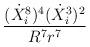
LaTeX: \begin{align*}\frac{(\dot{X}^{8}_{i})^{4}(\dot{X}^{3}_{i})^{2}}{R^{7}r^{7}}\end{align*}